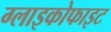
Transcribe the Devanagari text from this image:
ग्लाइकोफाइट